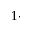
1 \cdot